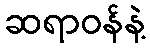
ဆရာဝန်နဲ့